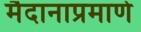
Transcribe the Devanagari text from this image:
मैदानाप्रमाणे